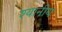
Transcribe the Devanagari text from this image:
श्यानीय